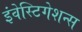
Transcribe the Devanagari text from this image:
इंवेस्टिगेशन्स